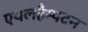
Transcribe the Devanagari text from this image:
एथलहैम्पटन